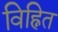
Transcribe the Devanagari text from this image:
विह्नित